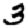
Digit: 3